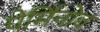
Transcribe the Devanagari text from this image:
पेर्मिनोव